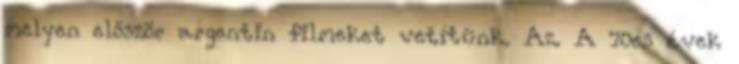
melyen először argentin filmeket vetítünk. Az. A 70es évek